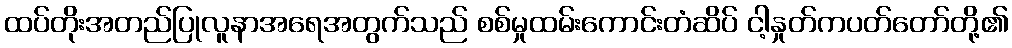
ထပ်တိုးအတည်ပြုလူနာအရေအတွက်သည် စစ်မှုထမ်းကောင်းတံဆိပ် ငါ့နှုတ်ကပတ်တော်တို့၏